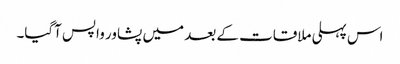
اس پہلی ملاقات کے بعد میں پشاور واپس آگیا۔